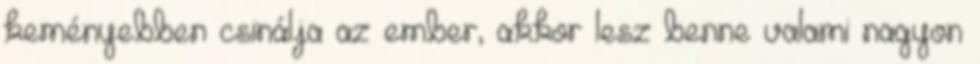
keményebben csinálja az ember, akkor lesz benne valami nagyon